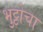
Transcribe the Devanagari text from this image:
भुट्टोचा